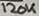
Text: 120K